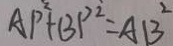
A P ^ { 2 } + B P ^ { 2 } = A B ^ { 2 }